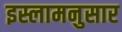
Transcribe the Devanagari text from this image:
इस्लामनुसार